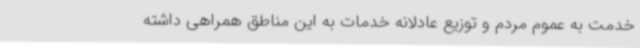
خدمت به عموم مردم و توزیع عادلانه خدمات به این مناطق همراهی داشته